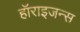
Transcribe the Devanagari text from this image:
हॉराइजन्स